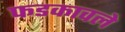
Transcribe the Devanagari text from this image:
फडकावले